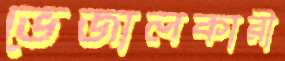
ভেজালকারী